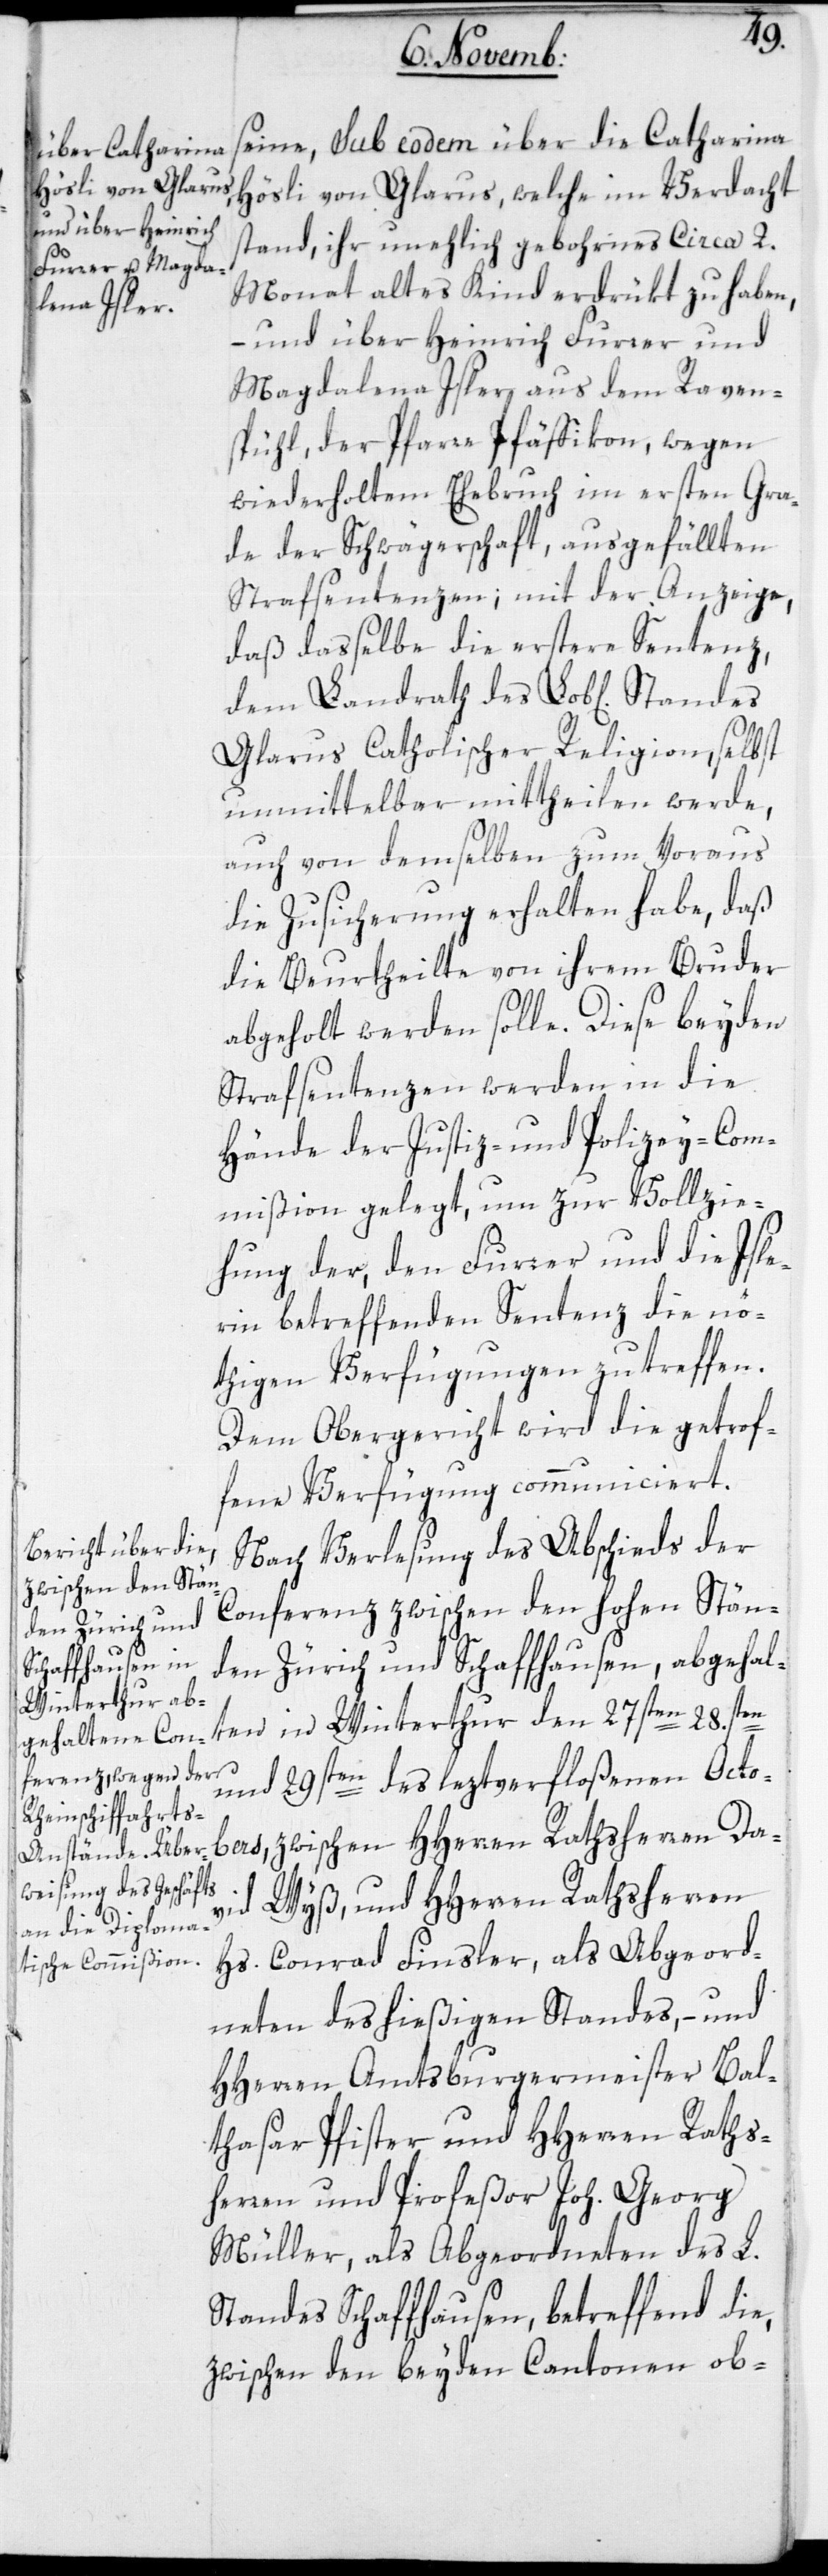
seine, sub eodem über die Catharina
Hösli von Glarus, welche in Verdacht
stand, ihr unehlich gebornes ca. 2.
Monat altes Kind erdrükt zu haben,
– und über Heinrich Furrer und
Magdalena Isler aus dem Raven¬
spühl, der Pfarre Pfäffikon, wegen
wiederholtem Ehebruch im ersten Gra¬
de der Schwägerschaft, ausgefällten
Strafsentenzen; mit der Anzeige,
daß daßelbe die erstere Sentenz,
Glarus Catholischer Religion, selbst
unmittelbar mittheilen werde,
auch von demselben zum Voraus
die Zusicherung erhalten habe, daß
die Verurtheilte von ihrem Bruder
abgeholt werden solle. Diese beyden
Strafsentenzen werden in die
Hände der Justiz- und Polizey-Com¬
mißion gelegt, um zur Vollzie¬
hung der, den Furrer und die Isle¬
rin betreffenden Sentenz die nö¬
thigen Verfügungen zu treffen.
Dem Obergericht wird die getrof¬
fene Verfügung communiciert.
Nach Verlesung des Abschieds der
Conferenz zwischen den hohen Stän¬
den Zürich und Schaffhausen, abgehal¬
ten in Winterthur den 27sten, 28.sten
und 29sten des leztverfloßenen Octo¬
bers, zwischen HHerren Ratsherren Da¬
vid Wyß, und HHerren Ratsherren
Hs. Conrad Finsler, als Abgeord¬
neten des hießigen Standes, – und
HHerren Amtsburgermeister Bal¬
thasar Pfister und HHerren Rats¬
herren und Profeßor Joh. Georg
Müller, als Abgeordneten des L.
Standes Schaffhausen, betreffend die,
zwischen den beyden Cantonen ob-